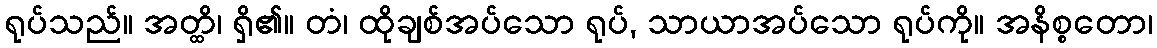
ရုပ်သည်။ အတ္ထိ၊ ရှိ၏။ တံ၊ ထိုချစ်အပ်သော ရုပ်, သာယာအပ်သော ရုပ်ကို။ အနိစ္စတော၊